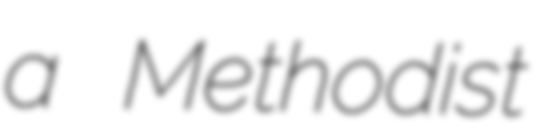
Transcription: a Methodist